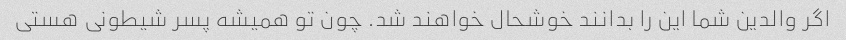
اگر والدین شما این را بدانند خوشحال خواهند شد. چون تو همیشه پسر شیطونی هستی